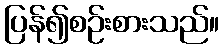
ပြန်၍စဉ်းစားသည်။